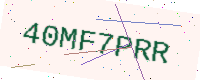
Text: 40MF7PRR